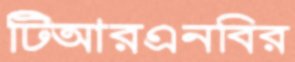
টিআরএনবির